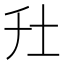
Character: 圱